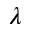
\lambda